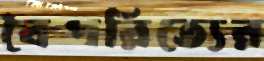
বৈপরিত্যের